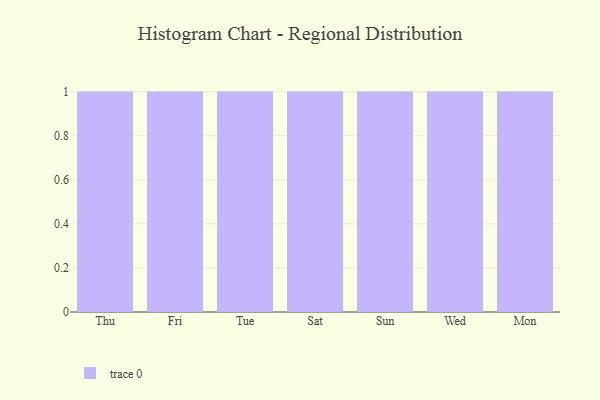
{"axis": {"x": "Day", "y": "Headcount"}, "legend": [""], "data": [{"x": "Thu", "y": 81, "type": ""}, {"x": "Fri", "y": 76, "type": ""}, {"x": "Tue", "y": 55, "type": ""}, {"x": "Sat", "y": 14, "type": ""}, {"x": "Sun", "y": 47, "type": ""}, {"x": "Wed", "y": 96, "type": ""}, {"x": "Mon", "y": 85, "type": ""}]}